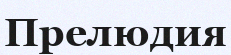
Прелюдия